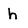
Character: h